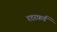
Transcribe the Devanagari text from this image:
रदरफ़र्ड